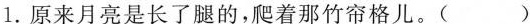
1.原来月亮是长了腿的，爬着那竹帘格儿。( )